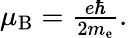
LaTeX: \textstyle\mu_{\mathrm{B}}={\frac{e\hbar}{2m_{\mathrm{e}}}}.